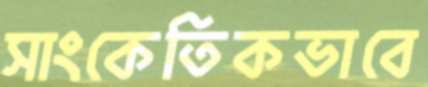
সাংকেতিকভাবে